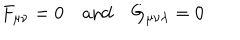
F _ { \mu \nu } = 0 \quad \mathrm { a n d } \quad G _ { \mu \nu \lambda } = 0